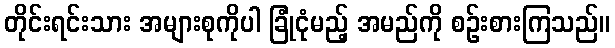
တိုင်းရင်းသား အများစုကိုပါ ခြုံငုံမည့် အမည်ကို စဉ်းစားကြသည်။